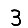
Digit: 3